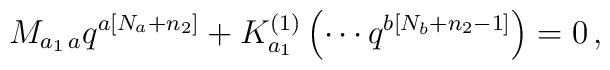
M_{a_{1}\,a}q^{a\left[ N_{a}+n_{2}\right] }+K_{a_{1}}^{\left( 1\right)}\left( \cdots q^{b\left[ N_{b}+n_{2}-1\right] }\right) =0\,,